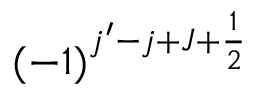
( - 1 ) ^ { j ^ { \prime } - j + J + \frac { 1 } { 2 } }